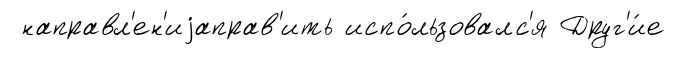
направл'ен'иjаправ'ить испо́льзовалс'я Друг'и́е